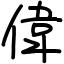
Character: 偉